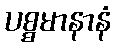
ပစ္စမာနာနံ